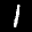
Label: 1